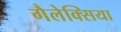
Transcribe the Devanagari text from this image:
गैलेक्सिया